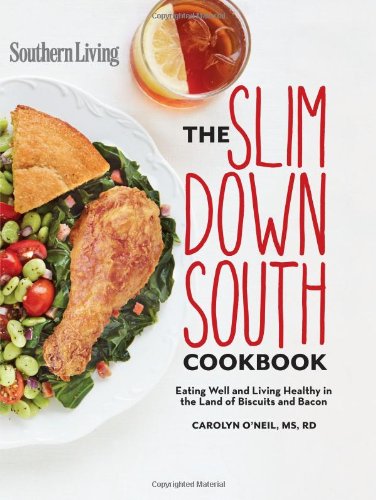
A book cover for Southern Living Slim Down South Cookbook: Eating well and living healthy in the land of biscuits and bacon; Carolyn O'Neil; Cookbooks, Food & Wine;